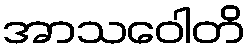
အာသဝေါတိ